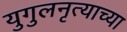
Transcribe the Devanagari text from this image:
युगुलनृत्याच्या